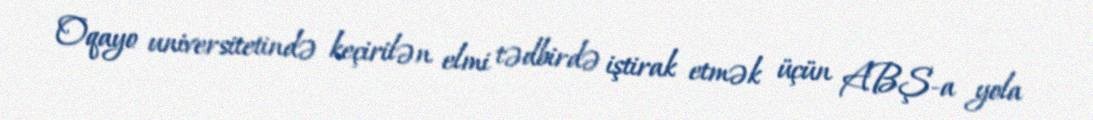
Oqayo universitetində keçirilən elmi tədbirdə iştirak etmək üçün ABŞ-a yola